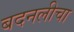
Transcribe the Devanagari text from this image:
बदनलीचा